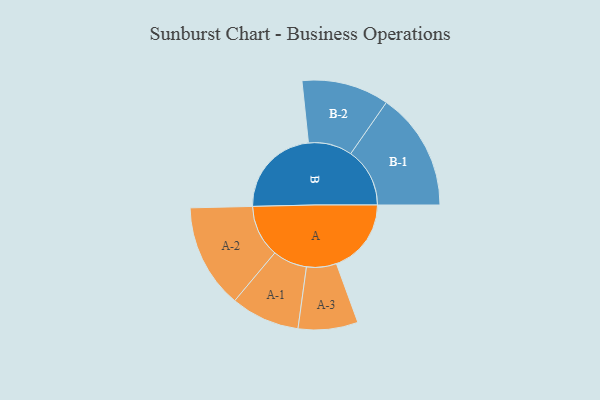
{"axis": {"x": "Segment", "y": "Value"}, "legend": ["", "A", "B"], "data": [{"x": "A", "y": 346, "type": ""}, {"x": "B", "y": 422, "type": ""}, {"x": "A-1", "y": 159, "type": "A"}, {"x": "A-2", "y": 241, "type": "A"}, {"x": "A-3", "y": 138, "type": "A"}, {"x": "B-1", "y": 273, "type": "B"}, {"x": "B-2", "y": 202, "type": "B"}]}